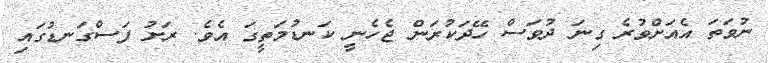
ނުވަތަ އެއަށްވުރެ ގިނަ ދުވަސް ހޭދަކުރަން ޖެހެނީ ކަނޑުމަތީގަ އެވެ. ރަށު ފަސްގަނޑުގައި